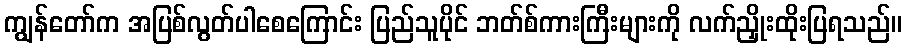
ကျွန်တော်က အပြစ်လွတ်ပါစေကြောင်း ပြည်သူပိုင် ဘတ်စ်ကားကြီးများကို လက်ညှိုးထိုးပြရသည်။